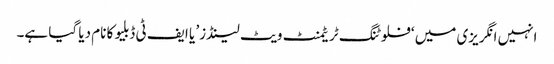
انہیں انگریزی میں ‘فلوٹنگ ٹریٹمنٹ ویٹ لینڈز’ یا ایف ٹی ڈبلیو کا نام دیا گیا ہے۔